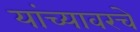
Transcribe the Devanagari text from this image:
यांच्यावरचे